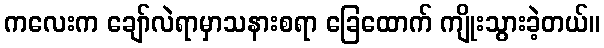
ကလေးက ချော်လဲရာမှာသနားစရာ ခြေထောက် ကျိုးသွားခဲ့တယ်။